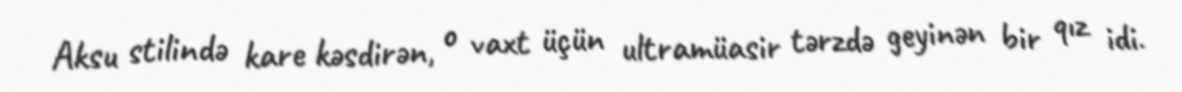
Aksu stilində kare kəsdirən, o vaxt üçün ultramüasir tərzdə geyinən bir qız idi.